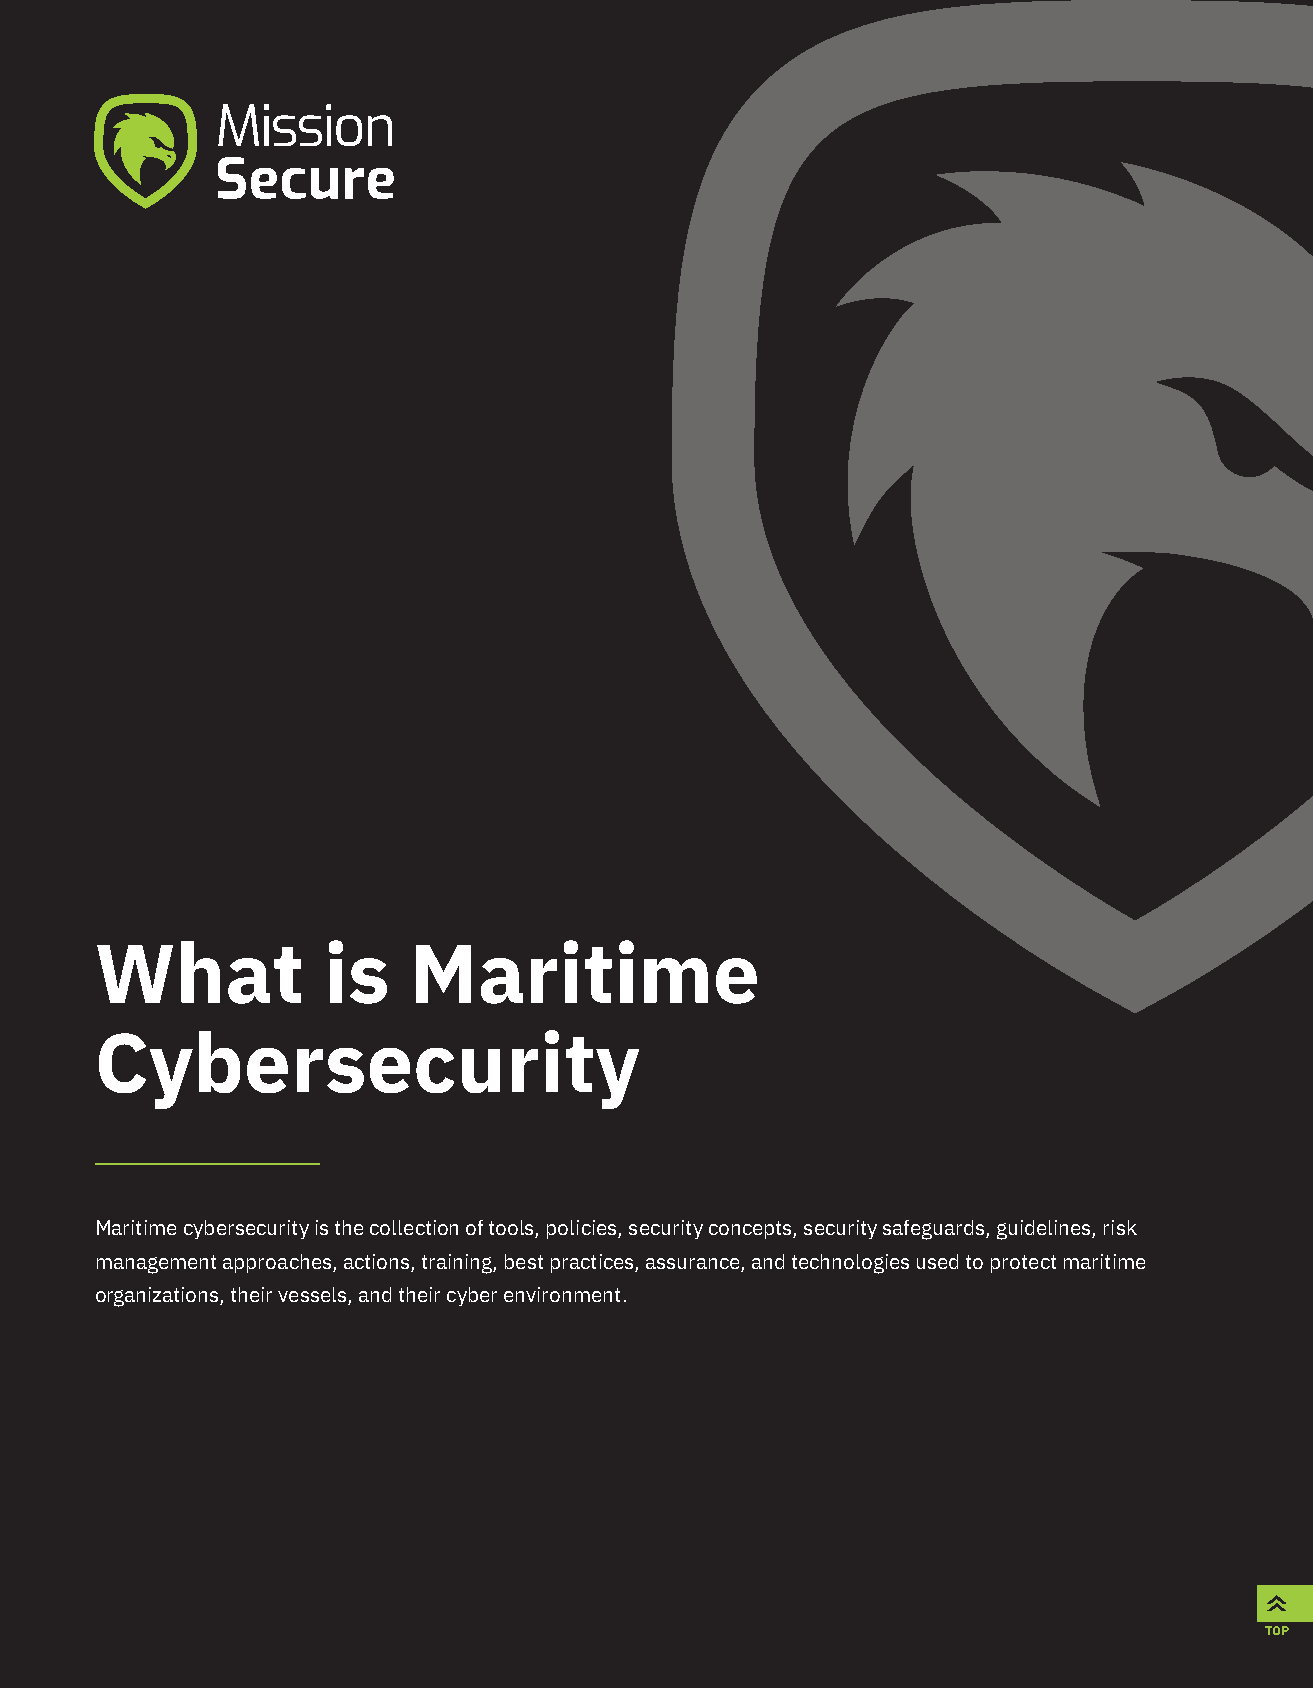
What           is    Maritime
 Cybersecurity
 Maritime cybersecurity is the collection of tools, policies, security concepts, security safeguards, guidelines, risk
 management approaches, actions, training, best practices, assurance, and technologies used to protect maritime
 organizations, their vessels, and their cyber environment.
 TOP